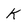
Character: k